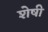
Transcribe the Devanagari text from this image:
शेषी